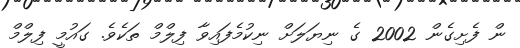
ން ފެށިގެން 2002 ގެ ނިޔަލަށް ނިކުމެފައިވާ ފިލްމް ތަކެވެ. ގައުމީ ފިލްމް